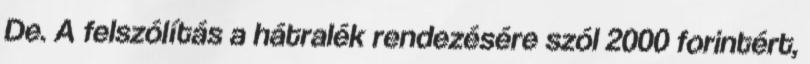
De. A felszólítás a hátralék rendezésére szól 2000 forintért,